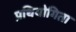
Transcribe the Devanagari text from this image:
प्रथियोगिता